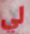
لي